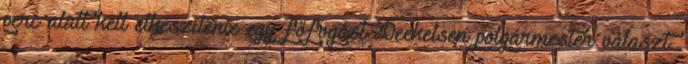
perc alatt kell elkészítenie egy főfogást Deekelsen polgármester választ.